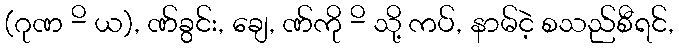
(ဂုဏ -ိ ယ), ဏ်ခွင်း, ချေ, ဏ်ကို -ိ သို့ ကပ်, နာမ်ငဲ့ စသည်စီရင်,